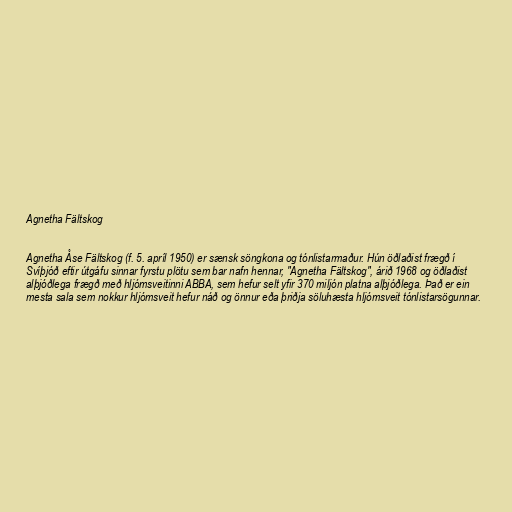
Agnetha Fältskog

Agnetha Åse Fältskog (f. 5. apríl 1950) er sænsk söngkona og tónlistarmaður. Hún öðlaðist frægð í
Svíþjóð eftir útgáfu sinnar fyrstu plötu sem bar nafn hennar, "Agnetha Fältskog", árið 1968 og öðlaðist
alþjóðlega frægð með hljómsveitinni ABBA, sem hefur selt yfir 370 miljón platna alþjóðlega. Það er ein
mesta sala sem nokkur hljómsveit hefur náð og önnur eða þriðja söluhæsta hljómsveit tónlistarsögunnar.